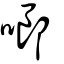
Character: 啷